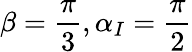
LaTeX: \beta=\frac{\pi}{3},\alpha_{I}=\frac{\pi}{2}